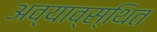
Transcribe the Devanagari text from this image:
अव्याव्स्थित